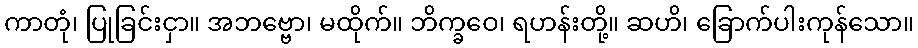
ကာတုံ၊ ပြုခြင်းငှာ။ အဘဗ္ဗော၊ မထိုက်။ ဘိက္ခဝေ၊ ရဟန်းတို့။ ဆဟိ၊ ခြောက်ပါးကုန်သော။